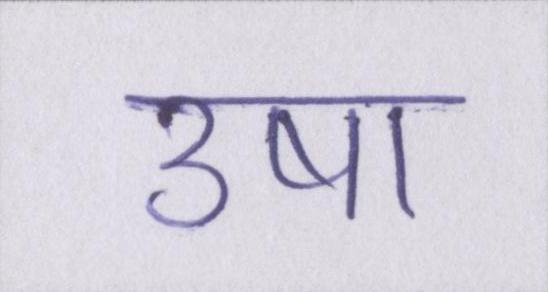
उषा